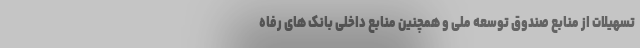
تسهیلات از منابع صندوق توسعه ملی و همچنین منابع داخلی بانک های رفاه